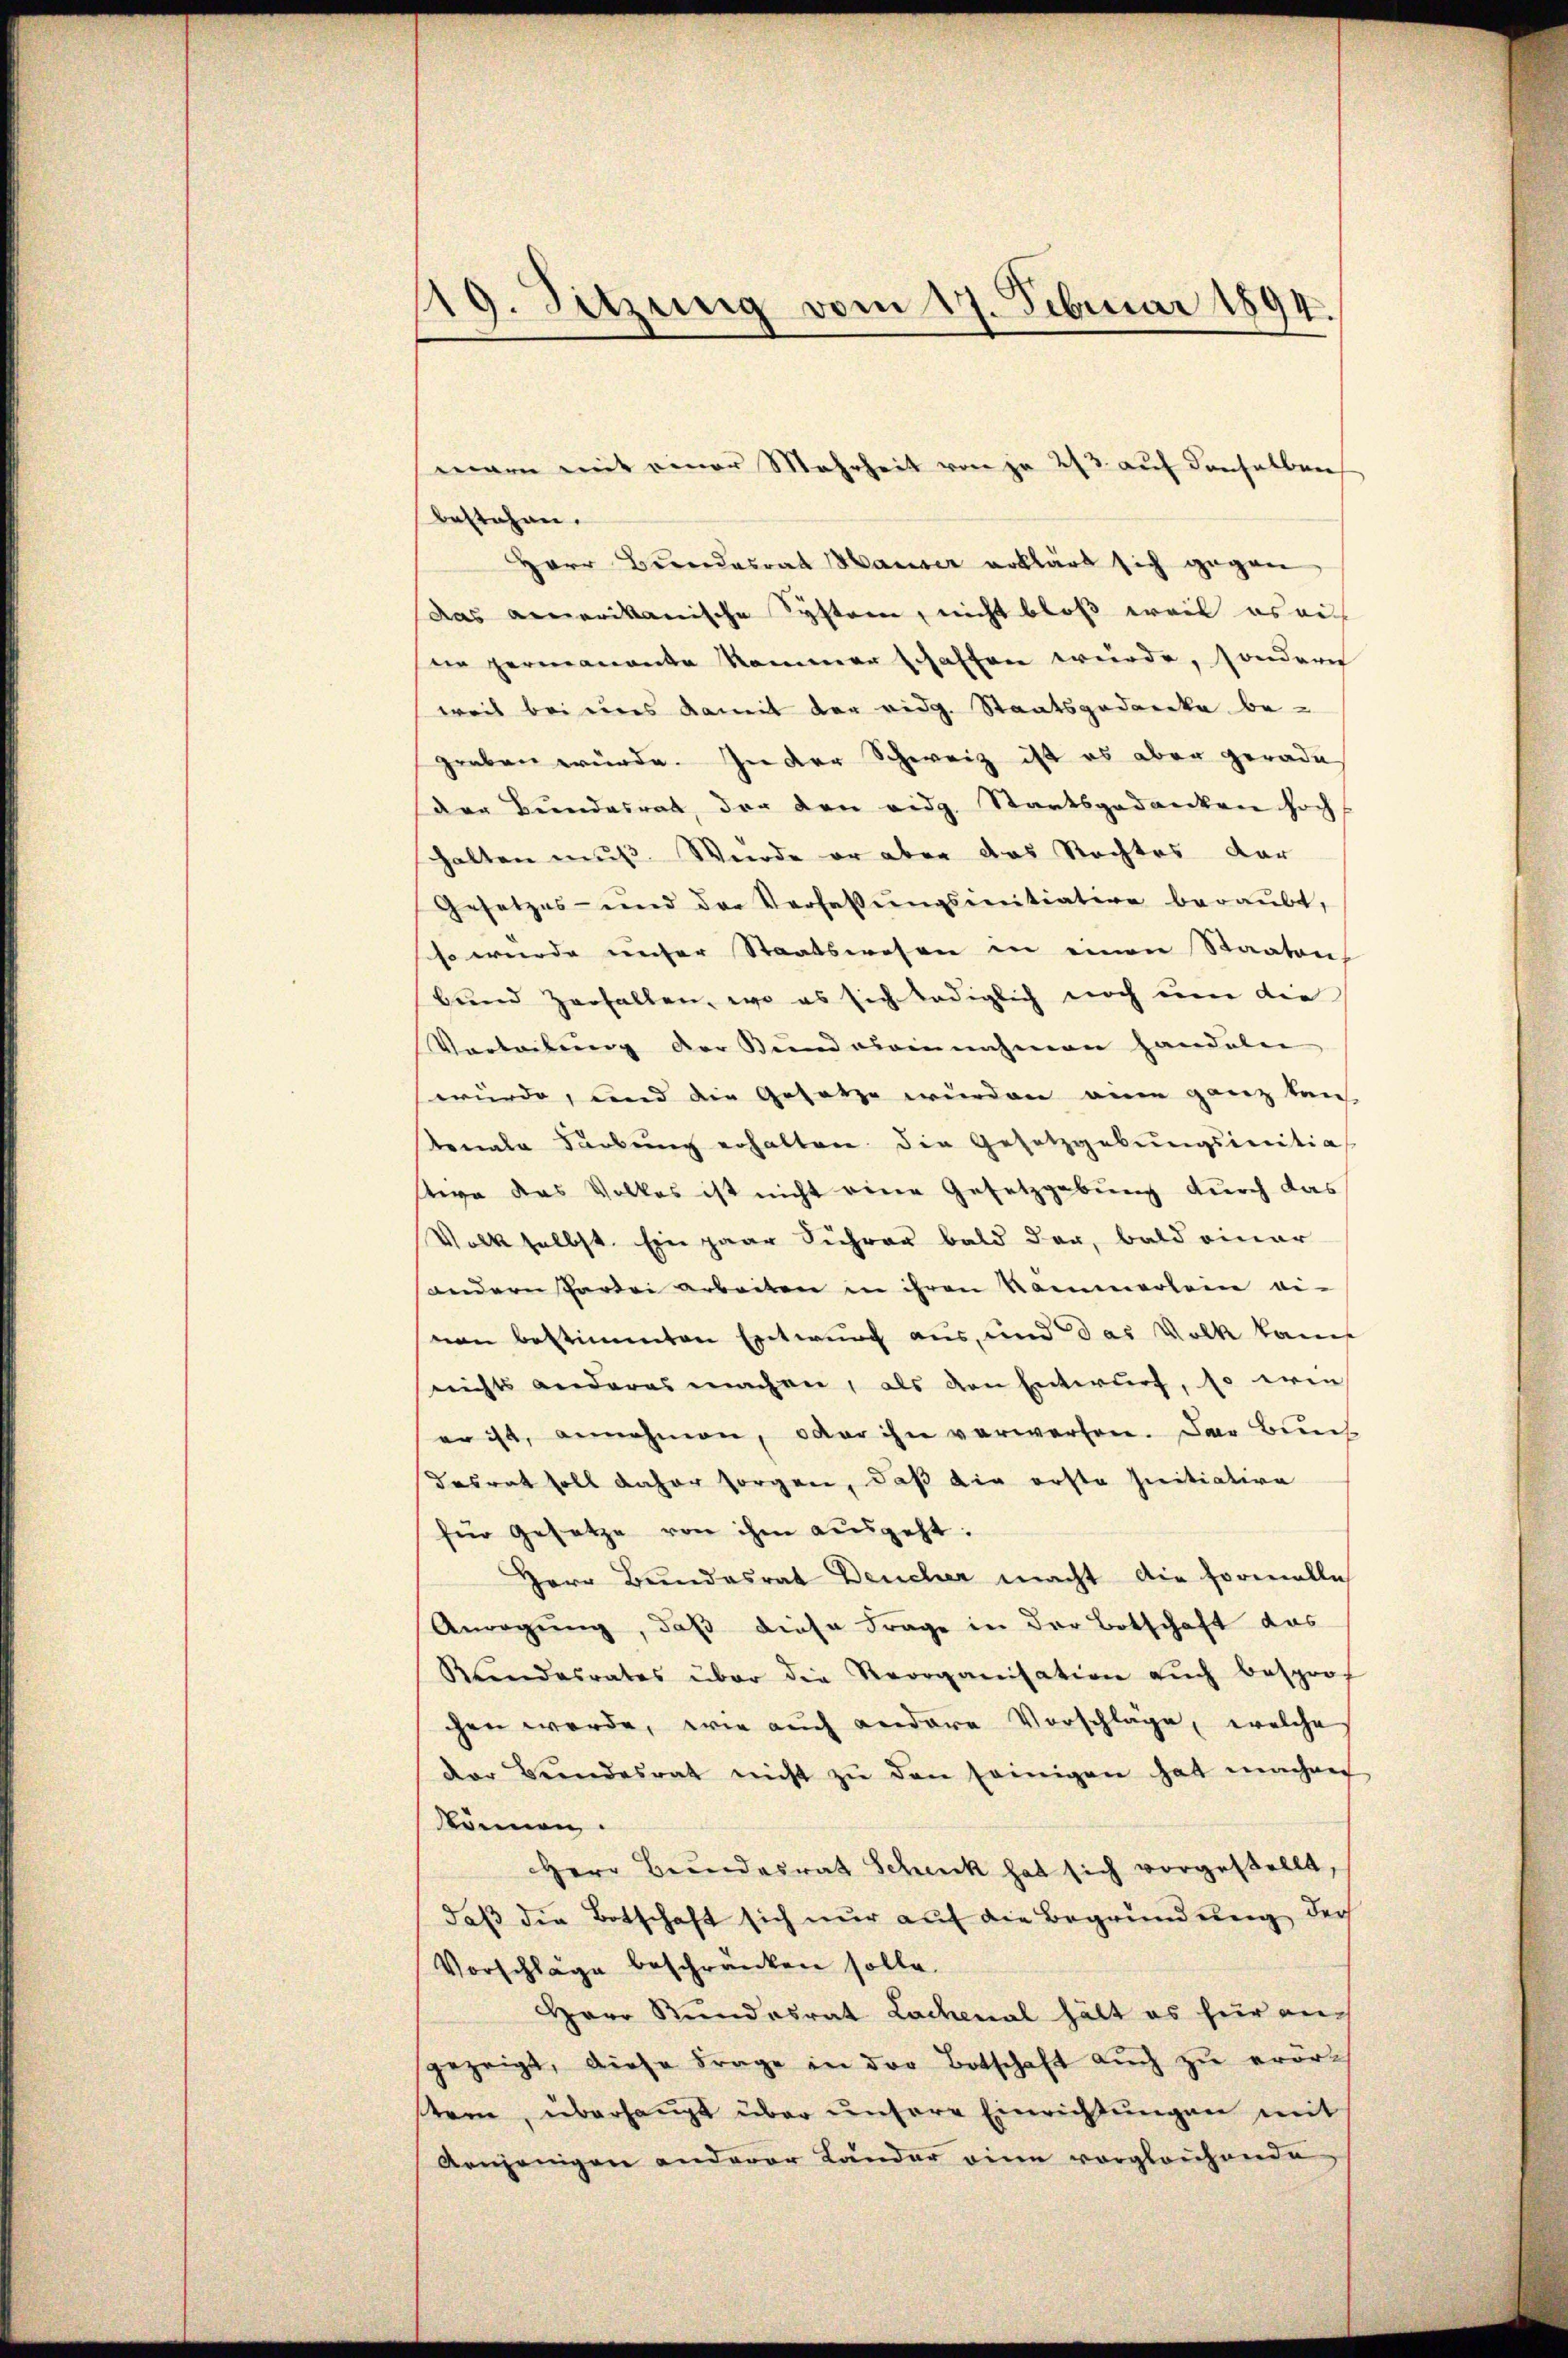
19. Sitzung vom 17. Februar 1894.

bestehen.
Herr Berndesrat Hauser erklärt sich gegen
das amerikanische System, nicht bloß weil es ei
ne permanente Kommer schaffen wurde, sondern
weil bei eines damit der eidg. Staatsgedanke be-
graben würde. In der Schweiz ist es aber gerade
der Bundesrat, der den eidg. Staatsgedanken hoch
halten muß. Wurde er aber das Rechtes dar
Gesetzes- und der Verfassŭngsinitiation beraubt,
so wurde unser Staatswesen in einen Staaten,
bund zerfallen, wo es sich lediglich noch um die
Vertretŭng der Bŭndareinnahmen handeln
würde, und die Gesetze wurden eine ganz tan
tonale Färbung erhalten. Die Gesetzgebungsinitia
tive das Volkes ist nicht eine Gesetzgebung durch das
Volk selbst. Ein paar Sicher bald dar, bald einer
andern Partei arbeiten in ihren Kammerlein ei-
nen bestimmten Entwurf aus, und das Volk kam
nichts anderes machen, als den Entwurf, so erin
er ist, annehmen, oder ihn verwerten. Das Bun
desrat soll daher sorgen, daß die erste Initiative
für gesetze von ihm ausgeht:
Herr Bundesrat Deucher macht die Formelle
Anregung, daß diese Frage in der Botschaft das
Kundesrates über die Reorganisation aŭch besprot
chen werde, wie auch andere Vorschläge, welche
der Bŭndesrat nicht zŭ den seinigen hat machen
können.
Herr Bundesrat Scheck hat sich vorgestellt,
daß die Botschaft sich nur auf die Begründung der
Vorschläge beschränken solle.
Herr Kundesrat Lachenal hält es hier an-
gezeigt, diese Frage in der Botschaft aŭch zŭ erört
stem, überhaupt über unsere Einrichtungen mit
Arnjenigen anderer Länder eine vergleichende

warn mit einer Mehrheit von je 2/3. auf denselben